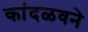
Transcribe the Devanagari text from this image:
कांदळवने